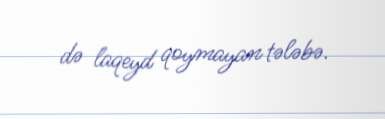
də laqeyd qoymayan tələbə.